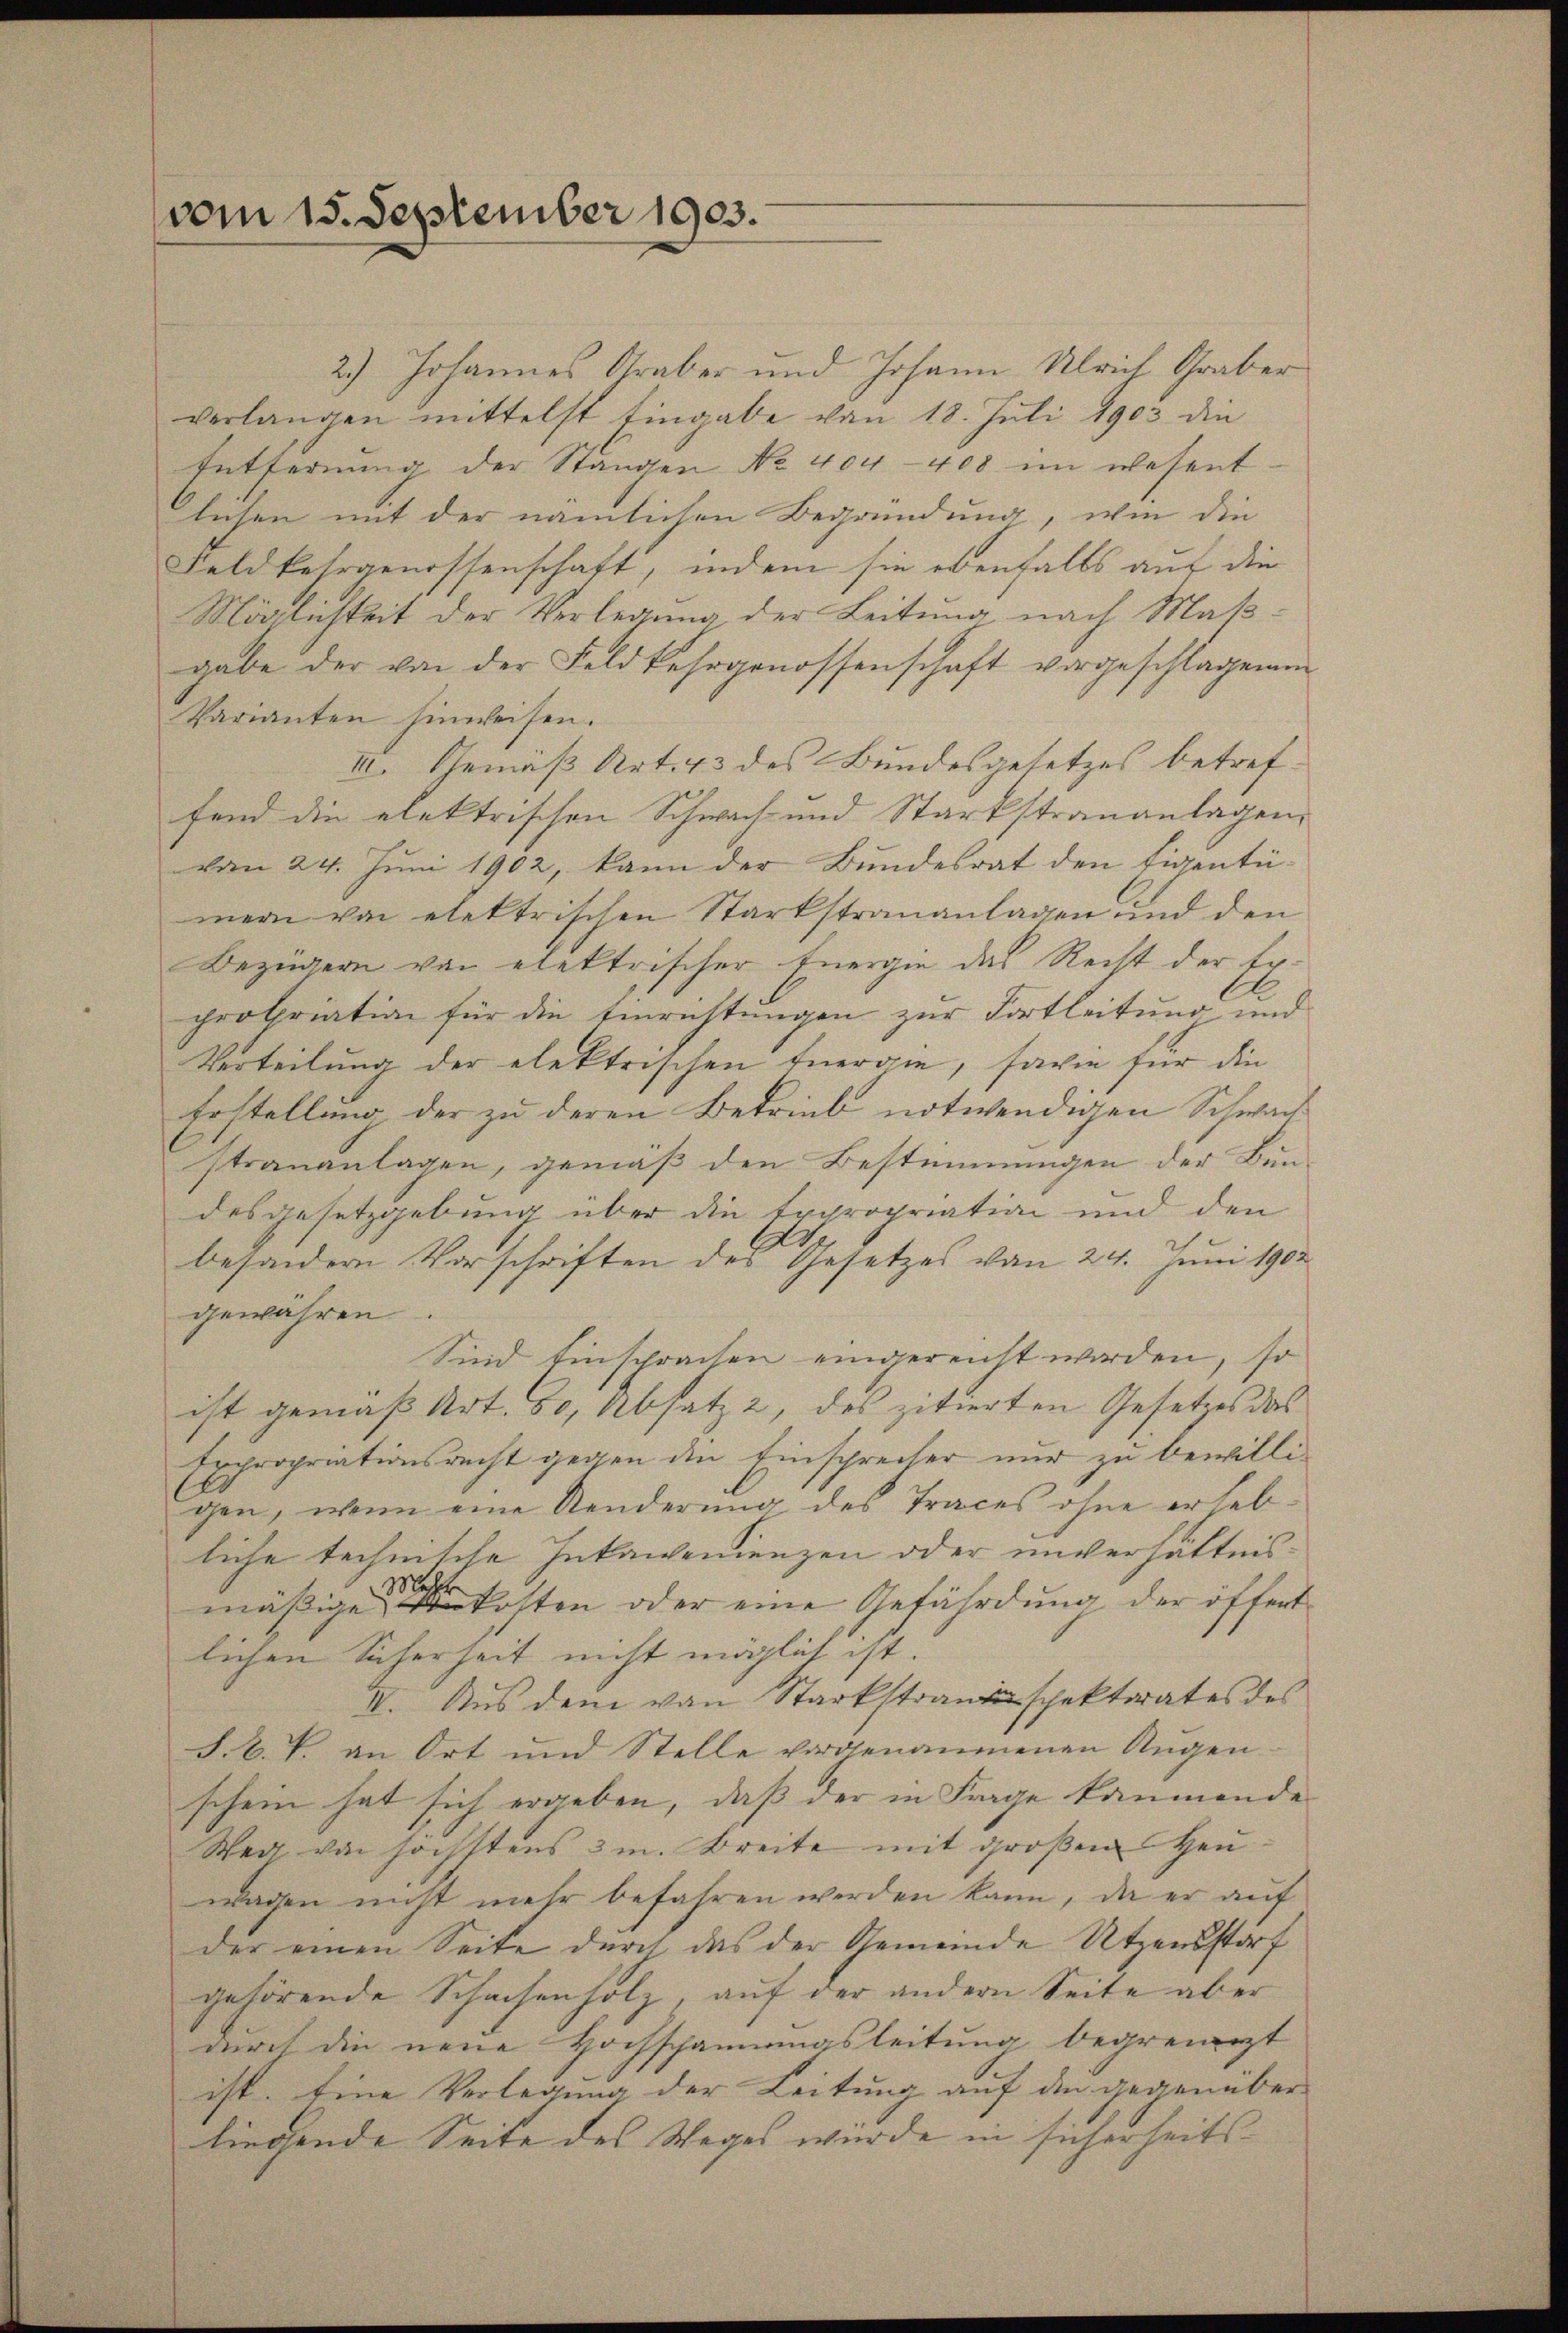
vom 15. September 1903.

2.) Johannes Araber und Johann Ulrich Graber
verlangen mittelst Eingabe von 18. Juli 1903 die
Entfernŭng der Stangen Nr. 404-408 im wesent
lichen mit der nämlichen Begründung, wie die
Feldkehrgenossenschaft, indem sie ebenfalls auf die
Möglichkeit der Verlegung der Leitung nach Maßgabe der von der Feldkehrgenossenschaft vorgeschlagenen
Varianten hinweisen.
III. Gemäß Art. 43 des Bundesgesetzes betref-
fend die elektrischen Schwach und Starkstrananlagen,
vom 24. Juni 1902, kann der Bundesrat den Eigentumern von elektrischen Starkstrananlagen und den
Bezügern von elektrischer Energie das Recht der Expropriation für die Einrichtungen zur Fortleitung und
Verteilung der elektrischen Energie, sowie für die
Erstellung der zu deren Betrieb notwendigen Schwach
strauanlagen, gemäß den Bestimmungen der Bun-
desgesetzgebung über die Expropriation und den
besondern Vorschriften des Gesetzes von 24. Juni 1902
gewähren.
Sind Einsprachen eingereicht worden, so
ist gemäß Art. 80, Absatz 2, des zitierten Gesetzes das
Exchropriationsrecht gegen den Einsprecher nur zu bewilligen, wenn eine Aenderung des Traces ohne erheb-
liche technische Inkawvenienzen oder unverhältnis¬
Rath
mäßige Unkosten oder eine Gefährdung der öffent
lichen Sicherheit nicht möglich ist.
I. Aus dem von Starkstrauenspektorates des
§. V. P. an Ort und Stelle vorgenommenen Augen-
schein hat sich ergeben, daß der in Frage kaumende
Weit von höchstens 3m. Breite mit großen Heu
wagen nicht mehr befahren werden kann, da er auf
der einen Seite durch das der Gemeinde Utzensstorf
gehörende Schachenholz, auf der andern Seite aber
durch die neue Hochschannungsleitung begrenit
ist. Eine Verlegung der Leitung auf den gegenüber
liegende Seite des Weges würde in sicherheits¬